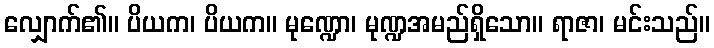
လျှောက်၏။ ပိယက၊ ပိယက။ မုဏ္ဍော၊ မုဏ္ဍအမည်ရှိသော။ ရာဇာ၊ မင်းသည်။